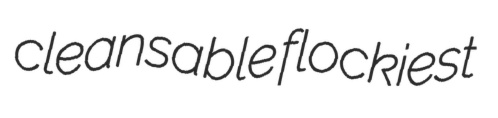
cleansable flockiest